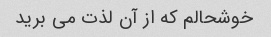
خوشحالم که از آن لذت می برید